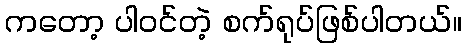
ကတော့ ပါဝင်တဲ့ စက်ရုပ်ဖြစ်ပါတယ်။